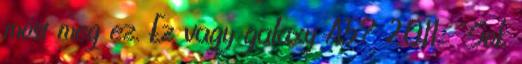
most meg ez. Ez vagy galaxy A5? 2011: "Sok